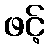
ဖင့်